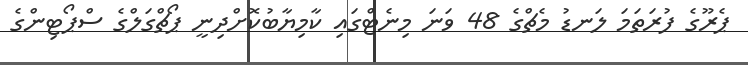
ޕެރޫގެ ފުރަތަމަ ލަނޑު މެޗްގެ 48 ވަނަ މިނެޓްގައި ކާމިޔާބުކޮށްދިނީ ޕޯޗްގަލްގެ ސްޕޯޓިންގެ